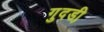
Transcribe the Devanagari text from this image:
गुदडी़